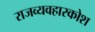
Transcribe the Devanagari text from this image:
राजव्यवहारकोश